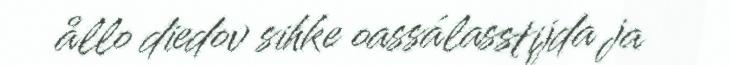
ållo diedov sihke oassálasstijda ja